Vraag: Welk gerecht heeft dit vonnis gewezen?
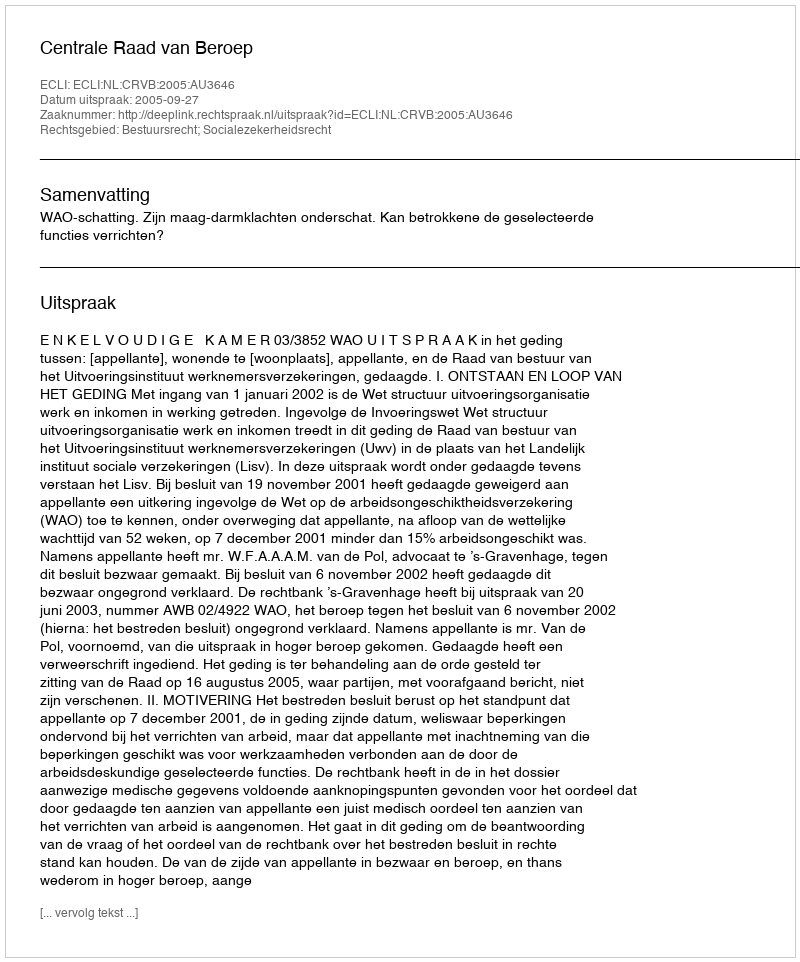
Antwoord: Centrale Raad van Beroep